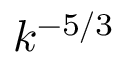
k ^ { - 5 / 3 }